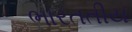
ભારતતીય